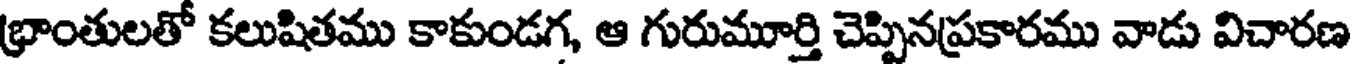
భ్రాంతులతో కలుషితము కాకుండగ, ఆ గురుమూర్తి చెప్పినప్రకారము వాడు విచారణ